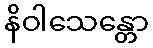
နိဝါသေန္တော